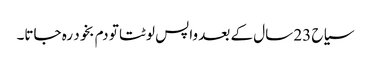
سیاح 23 سال کے بعد واپس لوٹتا تو دم بخود رہ جاتا۔